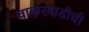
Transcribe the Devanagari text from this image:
चाकरवाडीची